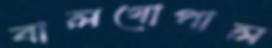
বালগোপাল